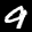
Label: 9